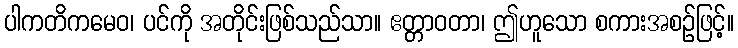
ပါကတိကမေဝ၊ ပင်ကို အတိုင်းဖြစ်သည်သာ။ ဧတ္တာဝတာ၊ ဤဟူသော စကားအစဉ်ဖြင့်။